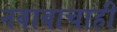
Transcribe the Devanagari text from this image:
नवाबाचाही